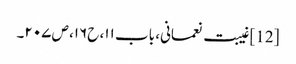
[12] غیبت نعمانی، باب ۱۱، ح۱۶، ص ۲۰۷۔